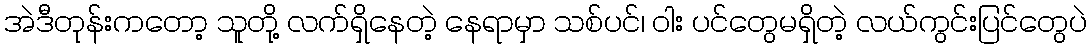
အဲဒီတုန်းကတော့ သူတို့ လက်ရှိနေတဲ့ နေရာမှာ သစ်ပင်၊ ဝါး ပင်တွေမရှိတဲ့ လယ်ကွင်းပြင်တွေပဲ